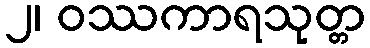
၂၊ ဝဿကာရသုတ္တ